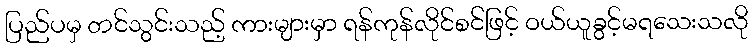
ပြည်ပမှ တင်သွင်းသည့် ကားများမှာ ရန်ကုန်လိုင်စင်ဖြင့် ဝယ်ယူခွင့်မရသေးသလို